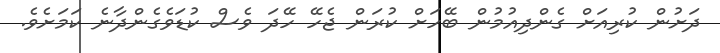
ދަށުން ކުރިއަށް ގެންދިއުމުން ބޭހަށް ކުރަން ޖެހޭ ހޭދަ ވެސް ކުޑަވެގެންދާނެ ކަމަށެވެ.